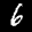
Label: 6